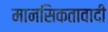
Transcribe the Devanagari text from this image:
मानसिकतावादी